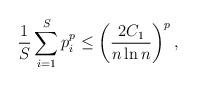
LaTeX: \begin{align*}\frac{1}{S}\sum_{i=1}^S p_i^p \le \left(\frac{2C_1}{n\ln n}\right)^p, \end{align*}